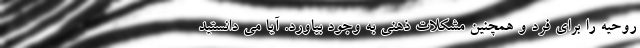
روحیه را برای فرد و همچنین مشکلات ذهنی به وجود بیاورد. آیا می دانستید